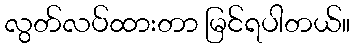
လွတ်လပ်ထားတာ မြင်ရပါတယ်။